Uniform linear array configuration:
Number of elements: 12
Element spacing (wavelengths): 0.25
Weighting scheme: hann
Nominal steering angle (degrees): -45
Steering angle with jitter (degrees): -45.822
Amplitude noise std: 0.05
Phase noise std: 0.05

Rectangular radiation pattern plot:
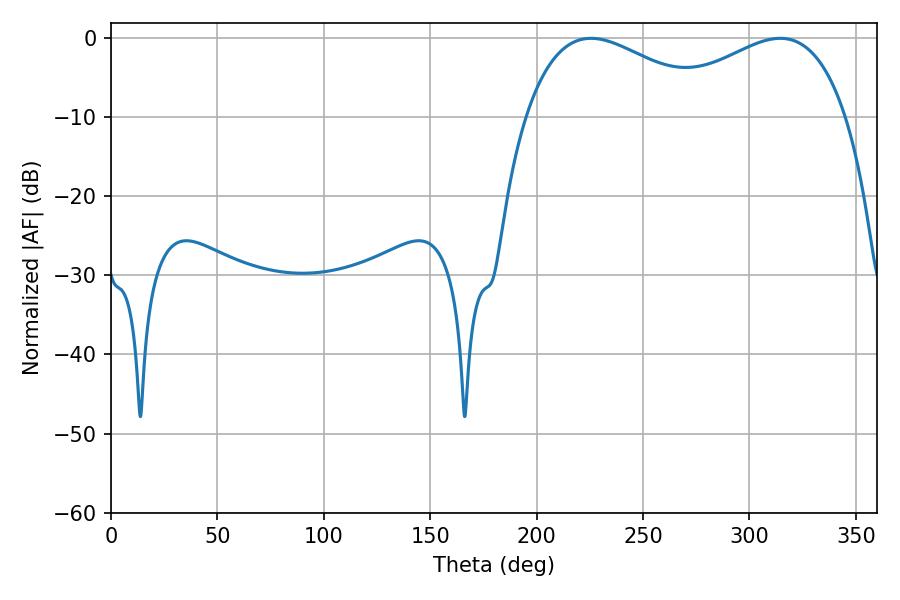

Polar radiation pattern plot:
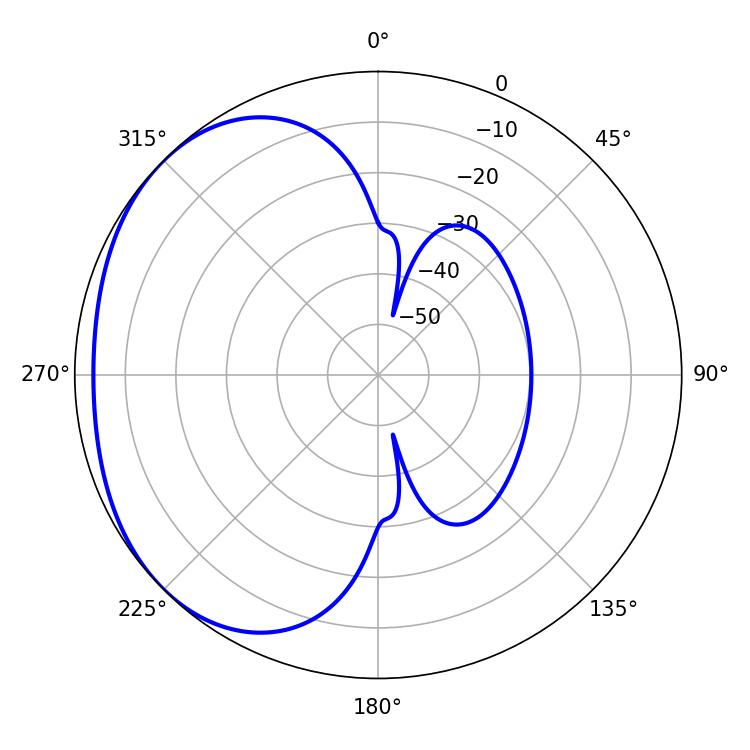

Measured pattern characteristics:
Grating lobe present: FALSE
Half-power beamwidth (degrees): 49.68
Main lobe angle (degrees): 225.54